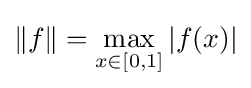
\|f\|=\max _{x\in [0,1]}|f(x)|